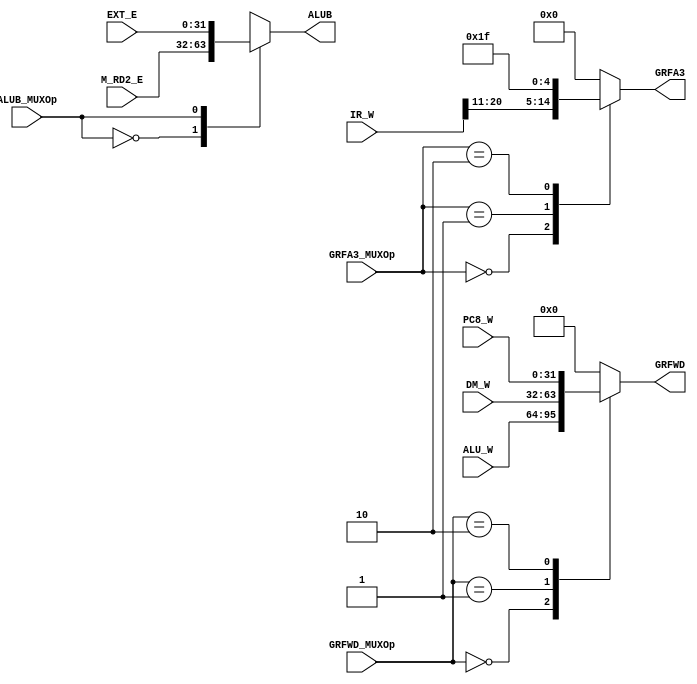
`timescale 1ns / 1ps
//////////////////////////////////////////////////////////////////////////////////
// Company: 
// Engineer: 
// 
// Design Name: 
// Module Name:    MUX 
// Project Name: 
// Target Devices: 
// Tool versions: 
// Description: 
//
// Dependencies: 
//
// Revision: 
// Revision 0.01 - File Created
// Additional Comments: 
//
//////////////////////////////////////////////////////////////////////////////////
module MUX(
    input [31:0] M_RD2_E,
    input [31:0] EXT_E,
    input [31:0] IR_W,
    input [31:0] ALU_W,
    input [31:0] DM_W,
    input [31:0] PC8_W,
    input ALUB_MUXOp,
    input [1:0] GRFA3_MUXOp,
    input [1:0] GRFWD_MUXOp,
    output reg [31:0] ALUB,
    output reg [4:0] GRFA3,
    output reg [31:0] GRFWD
    );

	always @ ( * ) begin
		case (ALUB_MUXOp)
			1'b0: ALUB <= M_RD2_E;
			1'b1: ALUB <= EXT_E;
			default: ALUB <= 32'h00000000;
		endcase
		
		case (GRFA3_MUXOp)
			2'b00: GRFA3 <= IR_W[20:16];
			2'b01: GRFA3 <= IR_W[15:11];
			2'b10: GRFA3 <= 5'h1f;
			default: GRFA3 <= 5'b00000;
		endcase
		
		case (GRFWD_MUXOp)
			2'b00: GRFWD <= ALU_W;
			2'b01: GRFWD <= DM_W;
			2'b10: GRFWD <= PC8_W;
			default: GRFWD <= 32'h00000000;
		endcase
	end

endmodule